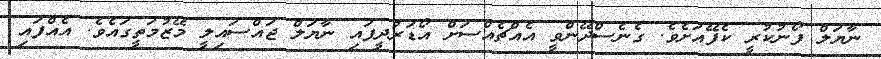
ނާޔަލް ފޯނުކުރީ ކެފޭއަށެވެ. ގެނެސްދޭންވީ އެއްޗެއްސަށް އޯޑަރުދީފައި ނާޔަލް ޖައްސައިލީ މޭޒުމަތީގައެވެ. އެއްފައި